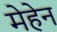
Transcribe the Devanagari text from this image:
मेहेन